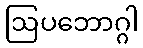
ဩပဘောဂ္ဂါ